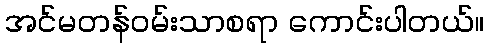
အင်မတန်ဝမ်းသာစရာ ကောင်းပါတယ်။